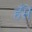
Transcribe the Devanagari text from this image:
हँसें